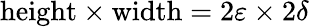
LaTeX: {\mathrm{height}}\times{\mathrm{width}}=2\varepsilon\times 2\delta